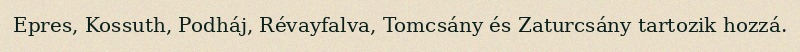
Epres, Kossuth, Podháj, Révayfalva, Tomcsány és Zaturcsány tartozik hozzá.